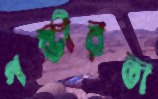
গম্ভীরতা